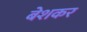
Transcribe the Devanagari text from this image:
बेशकर